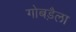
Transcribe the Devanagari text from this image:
गोबड़ैला